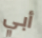
أبي